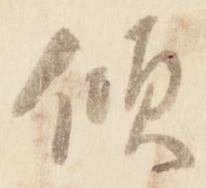
傾